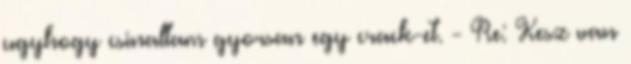
ugyhogy csinaltam gyorsan egy crack-et. - Re: Kesz van